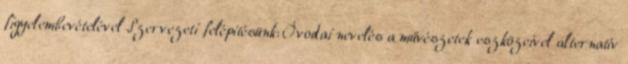
figyelembevételével Szervezeti felépítésünk: Óvodai nevelés a művészetek eszközeivel alternatív